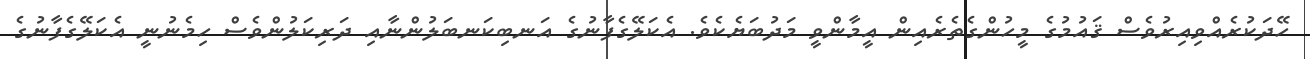
ހޭދަކުރެއްވިއިރުވެސް ޤައުމުގެ މީހުންގެތެރެއިން އީމާންވީ މަދުބަޔެކެވެ. އެކަލޭގެފާނުގެ އަނބިކަނބަލުންނާއި ދަރިކަލުންވެސް ހިމެނުނީ އެކަލޭގެފާނުގެ